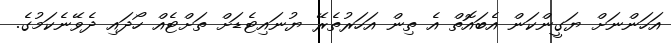
އަހަންނަށް ޔަގީންކަން އެބައޮތް އެ ތިން އަހަރުތެރޭ ޔުނައިޓެޑަށް ތަށްޓެއް ހޯދައި ދެވޭނެކަމުގެ.